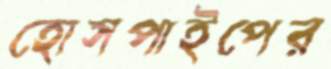
হোসপাইপের